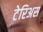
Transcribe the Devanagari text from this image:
टेरिअस